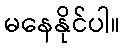
မနေနိုင်ပါ။